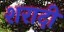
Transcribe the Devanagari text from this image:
शरादी